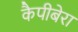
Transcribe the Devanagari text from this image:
कैपीबेरा